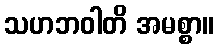
သဟဘဝါတိ အမစ္စာ။